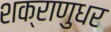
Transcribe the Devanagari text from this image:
शक्राणुधर